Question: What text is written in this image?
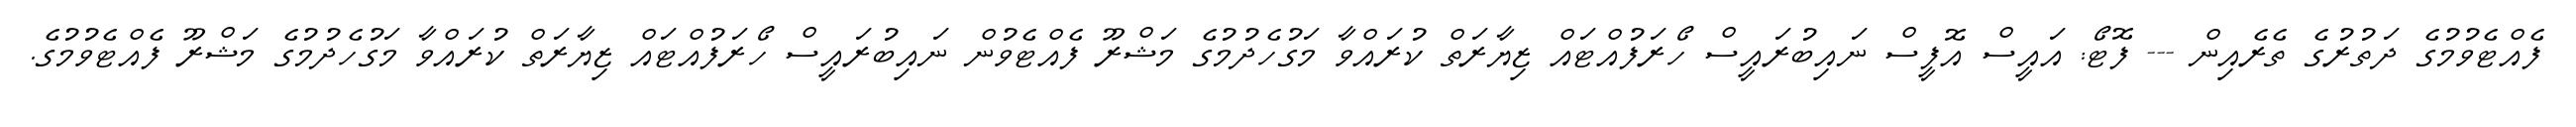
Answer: ފެއްޓެވުމުގެ ދަތުރުގެ ތެރެއިން --- ފޮޓޯ: އައީސް އޮފީސް ނައިބުރައީސް ހޯރަފުއްޓައް ޒިޔާރަތް ކުރައްވާ މަގުހެދުމުގެ މަޝްރޫ ފެއްޓެވުން ނައިބުރައީސް ހޯރަފުއްޓައް ޒިޔާރަތް ކުރައްވާ މަގުހެދުމުގެ މަޝްރޫ ފެއްޓެވުމުގެ.